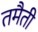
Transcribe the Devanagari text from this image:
तमैती